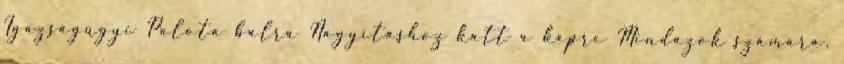
Igazságügyi Palota balra Nagyításhoz katt a képre Mindazok számára,